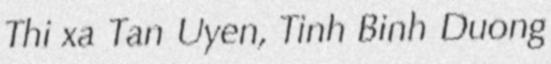
Thi xa Tan Uyen, Tinh Binh Duong